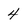
Character: 4